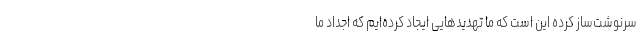
سرنوشت‌ساز کرده این است که ما تهدیدهایی ایجاد کرده‌ایم که اجداد ما